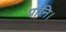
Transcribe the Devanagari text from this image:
पानि।